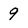
Character: 9